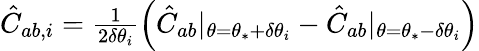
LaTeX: \begin{array}{r}{\hat{C}_{ab,i}=\frac{1}{2\delta\theta_{i}}\Big(\hat{C}_{ab}|_{\theta=\theta_{*}+\delta\theta_{i}}-\hat{C}_{ab}|_{\theta=\theta_{*}-\delta\theta_{i}}\Big)}\end{array}